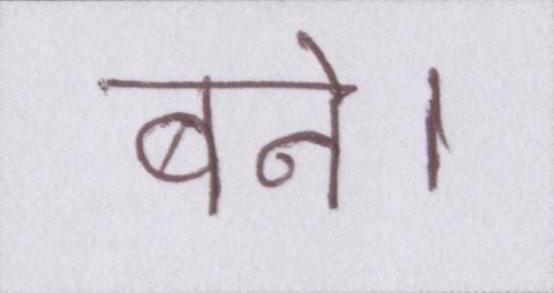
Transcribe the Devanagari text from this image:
बने।